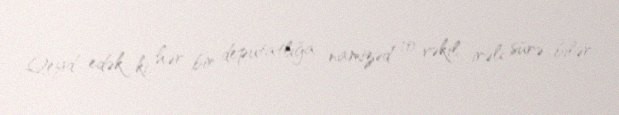
Qeyd edək ki, hər bir deputatlığa namizəd 10 vəkil irəli sürə bilər.